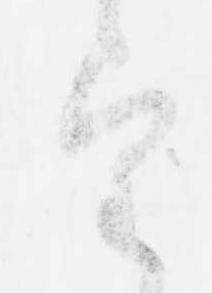
望